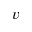
\displaystyle v